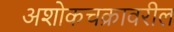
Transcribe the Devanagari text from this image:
अशोकचक्रावरील